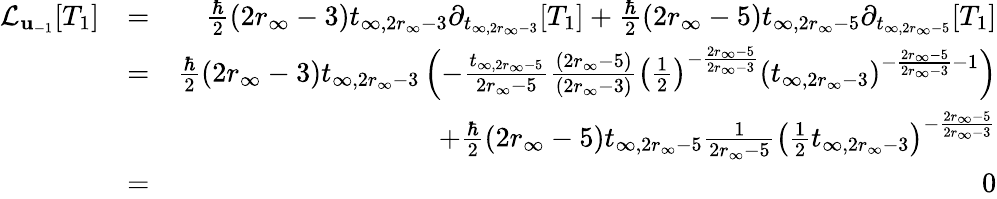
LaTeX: \begin{array}{rlr}{\mathcal{L}_{\mathbf{u}_{-1}}[T_{1}]}&{=}&{\frac{\hbar}{2}(2r_{\infty}-3)t_{\infty,2r_{\infty}-3}\partial_{t_{\infty,2r_{\infty}-3}}[T_{1}]+\frac{\hbar}{2}(2r_{\infty}-5)t_{\infty,2r_{\infty}-5}\partial_{t_{\infty,2r_{\infty}-5}}[T_{1}]}\\ &{=}&{\frac{\hbar}{2}(2r_{\infty}-3)t_{\infty,2r_{\infty}-3}\left(-\frac{t_{\infty,2r_{\infty}-5}}{2r_{\infty}-5}\frac{(2r_{\infty}-5)}{(2r_{\infty}-3)}\left(\frac{1}{2}\right)^{-\frac{2r_{\infty}-5}{2r_{\infty}-3}}\left(t_{\infty,2r_{\infty}-3}\right)^{-\frac{2r_{\infty}-5}{2r_{\infty}-3}-1}\right)}\\ &{}&{+\frac{\hbar}{2}(2r_{\infty}-5)t_{\infty,2r_{\infty}-5}\frac{1}{2r_{\infty}-5}\left(\frac{1}{2}t_{\infty,2r_{\infty}-3}\right)^{-\frac{2r_{\infty}-5}{2r_{\infty}-3}}}\\ &{=}&{0}\end{array}